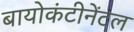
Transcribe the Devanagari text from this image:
बायोकंटीनेंटल